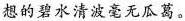
想的碧水清波毫无瓜葛。